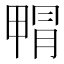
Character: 𭻝